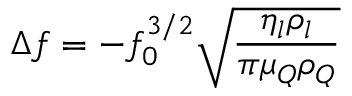
\Delta f = - f _ { 0 } ^ { 3 / 2 } { \sqrt { \frac { \eta _ { l } \rho _ { l } } { \pi \mu _ { Q } \rho _ { Q } } } }